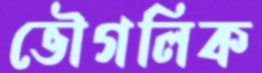
ভৌগলিক